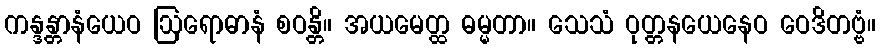
ကန္ဒန္တာနံယေဝ ဩရောဓာနံ စဝန္တိ။ အယမေတ္ထ ဓမ္မတာ။ သေသံ ဝုတ္တနယေနေဝ ဝေဒိတဗ္ဗံ။